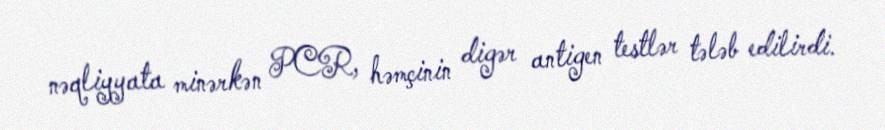
nəqliyyata minərkən PCR, həmçinin digər antigen testlər tələb edilirdi.